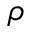
\rho